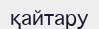
қайтару